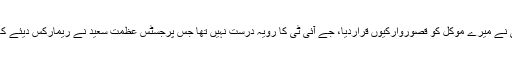
طارق حسن ایڈووکیٹ نے کہ جے آئی ٹی نے میرے موکل کو قصوروارکیوں قراردیا، جے آئی ٹی کا رویہ درست نہیں تھا جس پرجسٹس عظمت سعید نے ریمارکس دیئے کہ کیا ہمارے رویئے پربھی اعتراض ہے۔